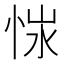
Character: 𢚭